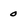
Character: 0